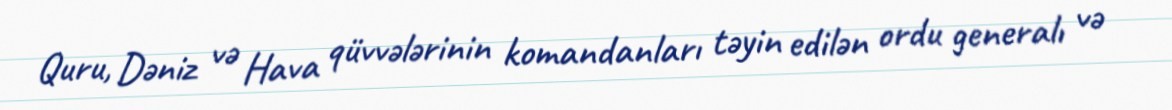
Quru, Dəniz və Hava qüvvələrinin komandanları təyin edilən ordu generalı və